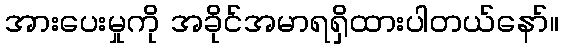
အားပေးမှုကို အခိုင်အမာရရှိထားပါတယ်နော်။